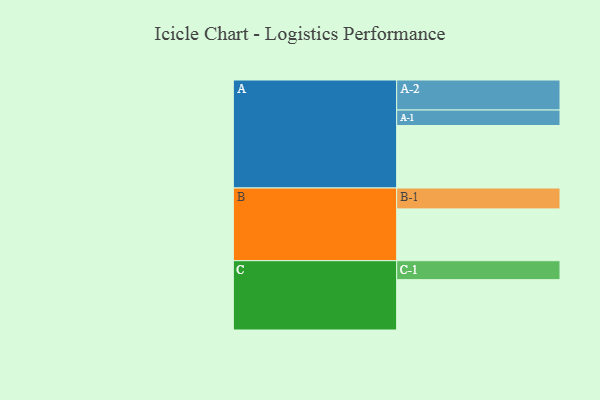
{"axis": {"x": "Segment", "y": "Value"}, "legend": ["", "A", "B", "C"], "data": [{"x": "A", "y": 554, "type": ""}, {"x": "B", "y": 459, "type": ""}, {"x": "C", "y": 446, "type": ""}, {"x": "A-1", "y": 137, "type": "A"}, {"x": "A-2", "y": 266, "type": "A"}, {"x": "B-1", "y": 185, "type": "B"}, {"x": "C-1", "y": 168, "type": "C"}]}